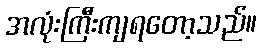
အလုံးကြီးကျရတော့သည်။